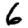
Digit: 6